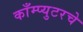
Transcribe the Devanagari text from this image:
काँम्प्युटरचे